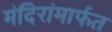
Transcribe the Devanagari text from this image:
मंदिरांमार्फत